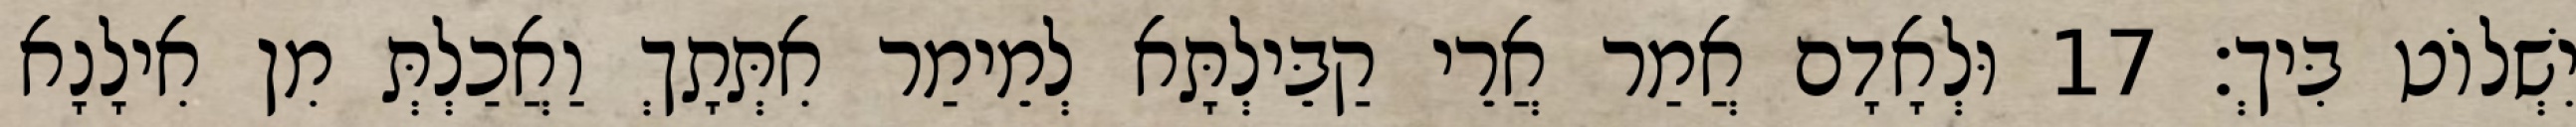
יִשְׁלוֹט בִּיךְ׃ 17 וּלְאָדָם אֲמַר אֲרֵי קַבֵּילְתָּא לְמֵימַר אִתְּתָךְ וַאֲכַלְתְּ מִן אִילָנָא